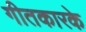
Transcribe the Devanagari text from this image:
गीतकारके